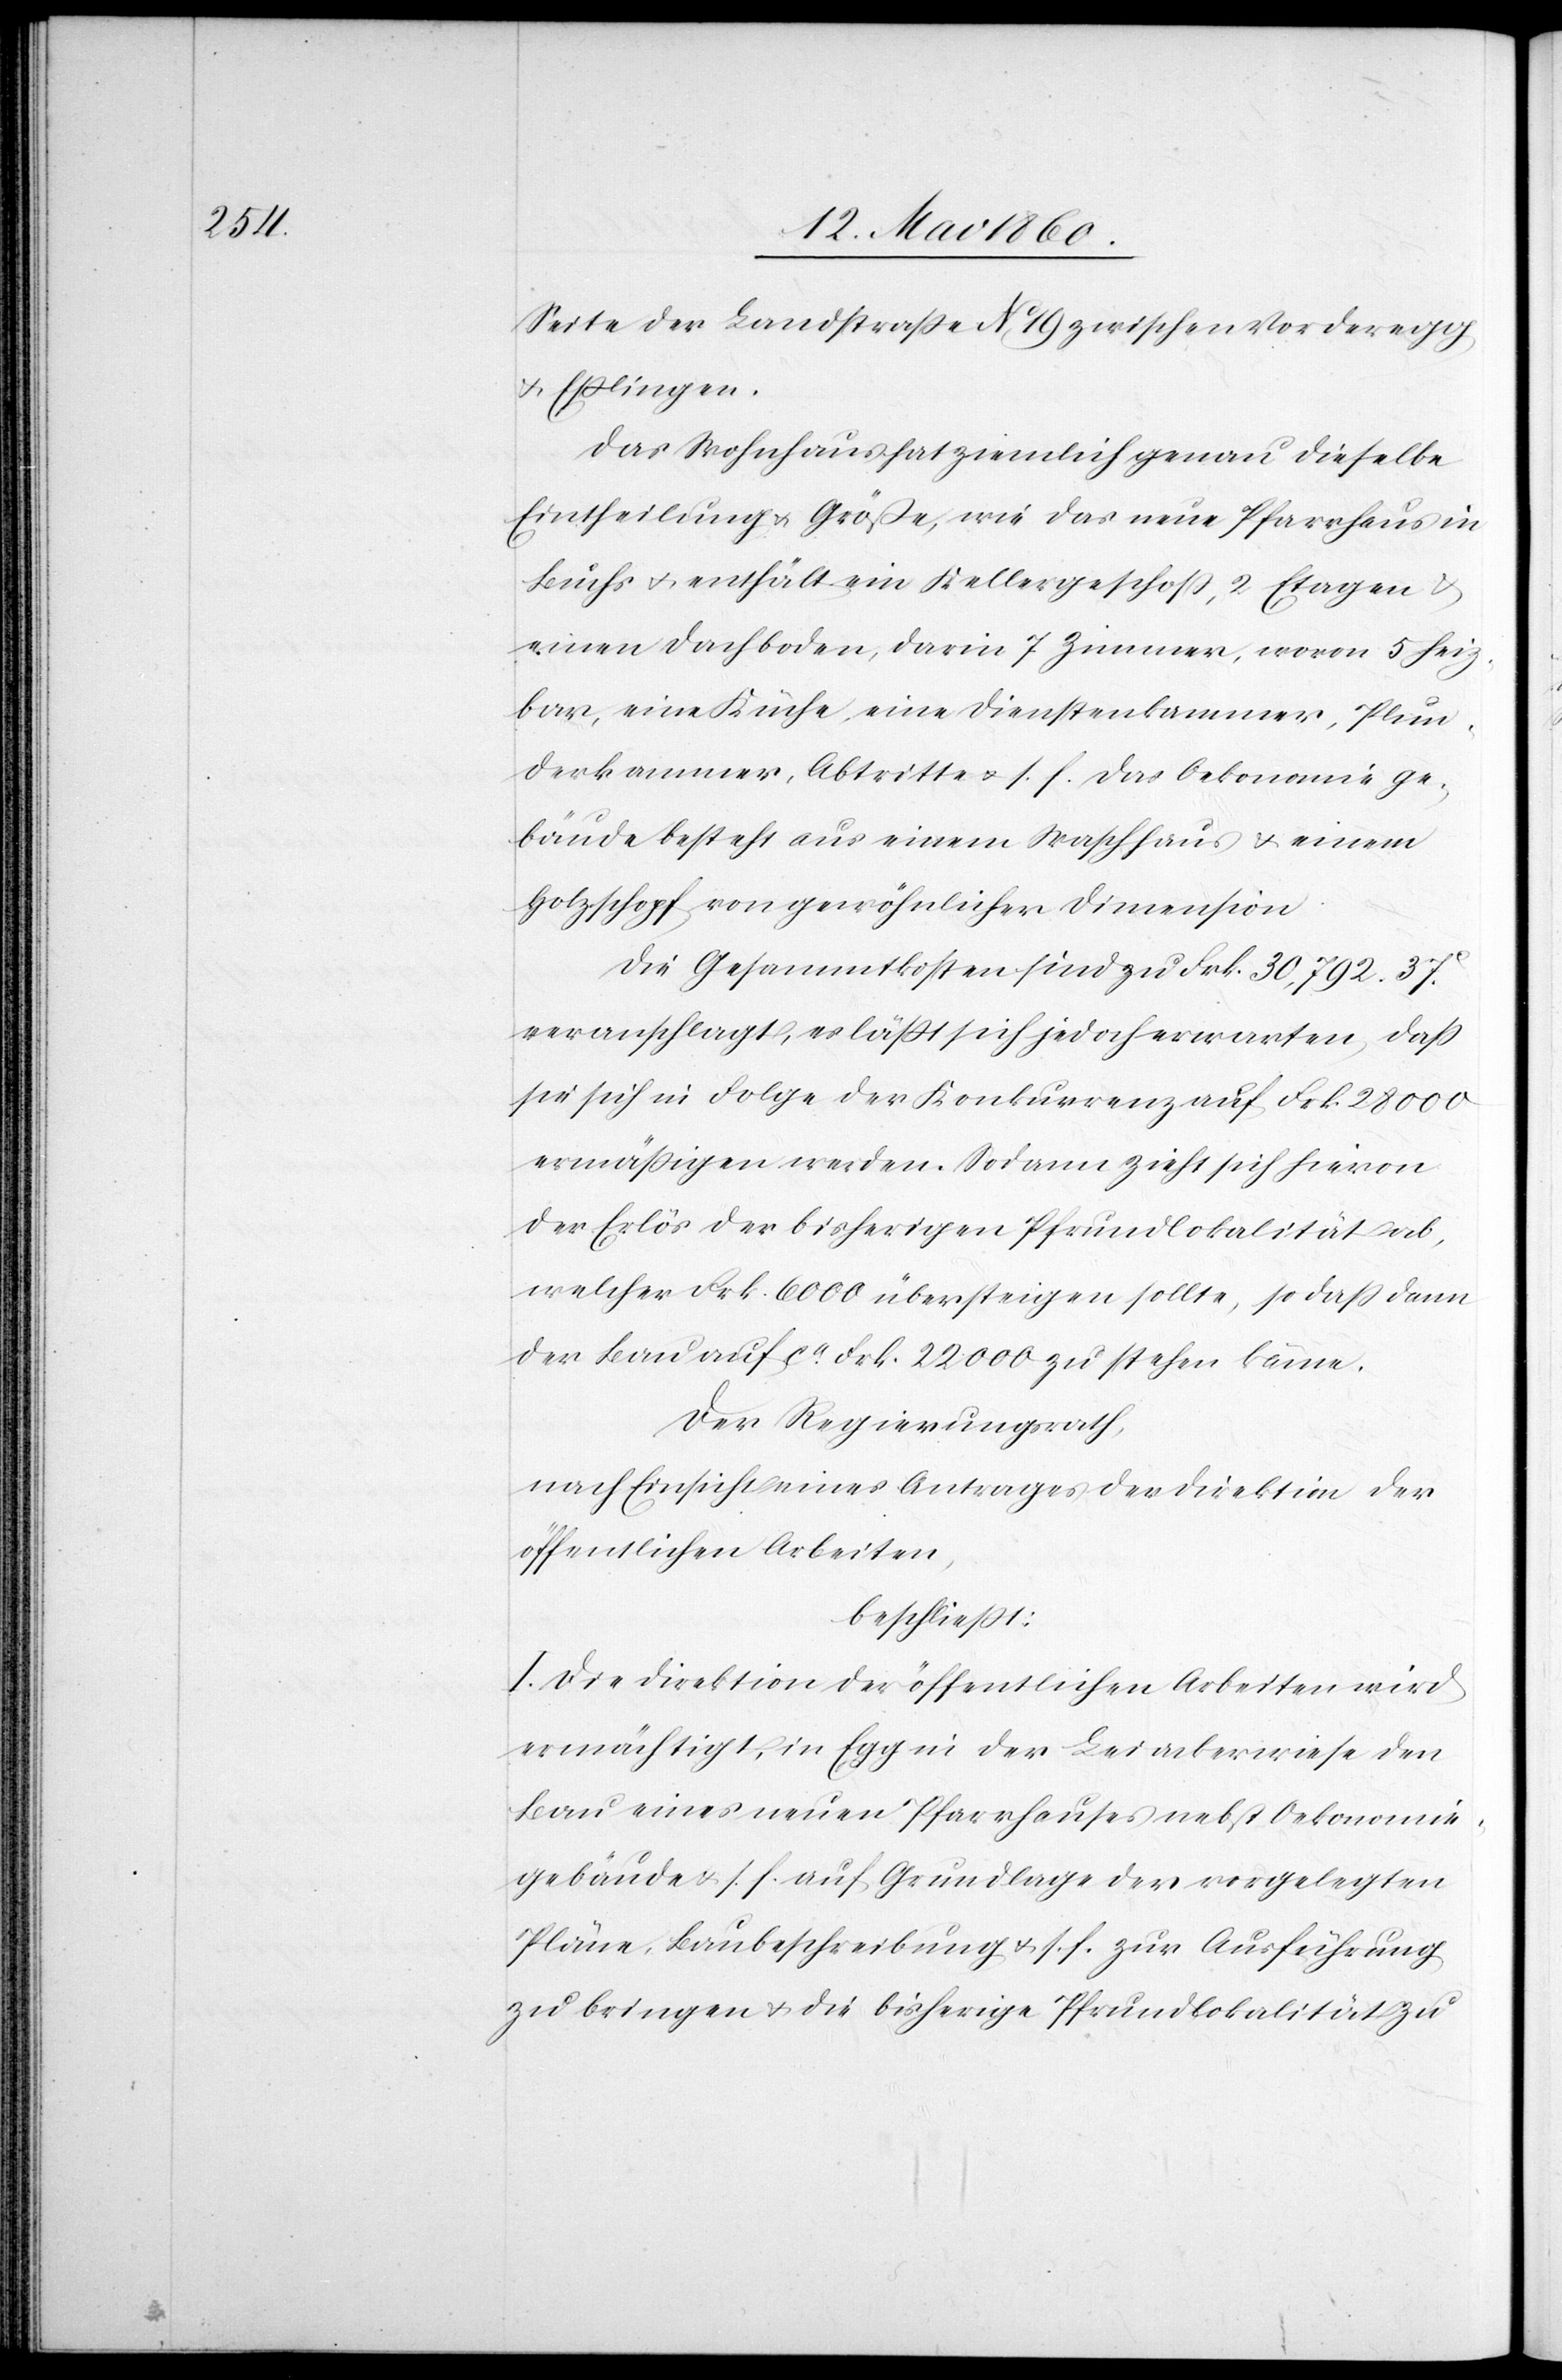
Seite der Landstrasse No 19 zwischen Vorderegg
u. Esslingen.
Das Wohnhaus hat ziemlich genau dieselbe
Eintheilung u. Grösse, wie das neue Pfarrhaus in
Buchs u. enthält ein Kellergeschoss, 2 Etagen u.
einen Dachboden, darin 7 Zimmer, wovon 5 heiz¬
bar, eine Küche, eine Dienstkammer, Plun¬
derkammer, Abtritte u. s. f. Das Oekonomiege¬
bäude besteht aus einem Waschhaus u. einem
Holzschopf von gewöhnlicher Dimension.
Die Gesammtkosten sind zu Frk. 30,792 37C
veranschlagt, es lässt sich jedoch erwarten, dass
sie sich in Folge der Konkurrenz auf Frk. 28 000
ermässigen werden. Sodann zieht sich hievon
der Erlös der bisherigen Pfrundlokalität ab,
welcher Frk. 6000 übersteigen sollte, so dass dann
der Bau auf ca 22 000 zu stehen käme.
Der Regierungsrath,
nach Einsicht eines Antrages der Direktion der
öffentlichen Arbeiten,
beschliesst:
I. Die Direktion der öffentlichen Arbeiten wird
ermächtigt, in Egg in der Leiackerwiese den
Bau eines neuen Pfarrhauses nebst Oekonomie¬
gebäude u. s. f. auf Grundlage der vorgelegten
Pläne, Baubeschreibung u. s. f. zur Ausführung
zu bringen u. die bisherige Pfrundlokalität zu